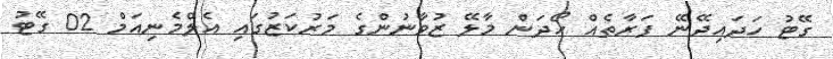
ގޭޓު ހަދައިދޭނޭ ފަރާތެއް ހޯދަން މާލޭ ޒުވާނުންގެ މަރުކަޒުގައި އެލްމެނިއަމް 02 ގޭޓު